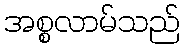
အစ္စလာမ်သည်